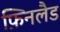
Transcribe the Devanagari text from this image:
फ़िनलैड